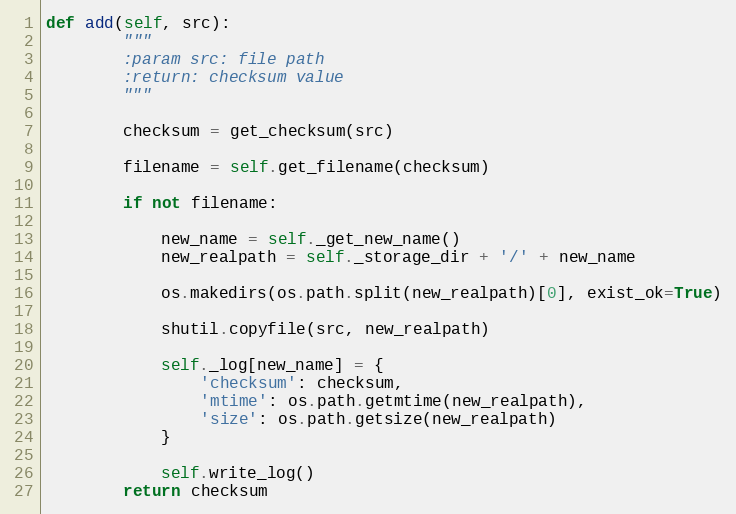
Language: Python
def add(self, src):
        """
        :param src: file path
        :return: checksum value
        """

        checksum = get_checksum(src)

        filename = self.get_filename(checksum)

        if not filename:

            new_name = self._get_new_name()
            new_realpath = self._storage_dir + '/' + new_name

            os.makedirs(os.path.split(new_realpath)[0], exist_ok=True)

            shutil.copyfile(src, new_realpath)

            self._log[new_name] = {
                'checksum': checksum,
                'mtime': os.path.getmtime(new_realpath),
                'size': os.path.getsize(new_realpath)
            }

            self.write_log()
        return checksum